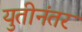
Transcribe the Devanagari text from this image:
युतीनंतर